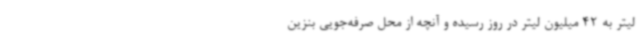
لیتر به 42 میلیون لیتر در روز رسیده و آنچه از محل صرفه‌جویی بنزین